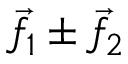
{ \vec { f } } _ { 1 } \pm { \vec { f } } _ { 2 }